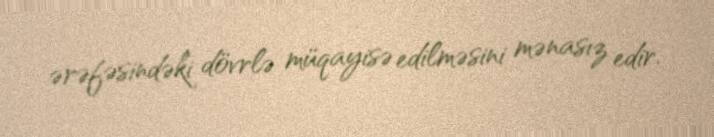
ərəfəsindəki dövrlə müqayisə edilməsini mənasız edir.